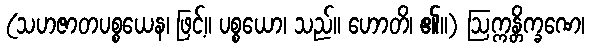
(သဟဇာတပစ္စယေန၊ ဖြင့်။ ပစ္စယော၊ သည်။ ဟောတိ၊ ၏။) ဩက္ကန္တိက္ခဏေ၊